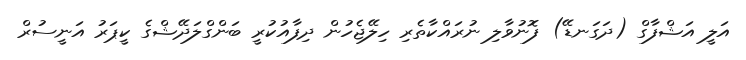
އަލީ އަޝްފާގް (ދަގަނޑޭ) ފޮނުވާލި ނުރައްކާތެރި ހިލޭޖެހުން ދިފާއުކުރީ ބަންގްލަދޭޝްގެ ކީޕަރު އަނީސުރް